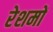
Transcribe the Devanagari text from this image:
रेशमों